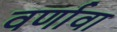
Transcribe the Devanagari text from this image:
वर्णावा